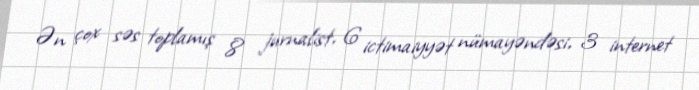
Ən çox səs toplamış 8 jurnalist, 6 ictimaiyyət nümayəndəsi, 3 internet